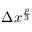
\Delta x ^ { \frac { p } { 3 } }